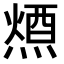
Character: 𭵷